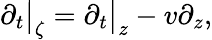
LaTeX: \partial_{t}\big|_{\zeta}=\partial_{t}\big|_{z}-v\partial_{z},